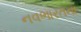
નવભારતના